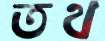
তথ